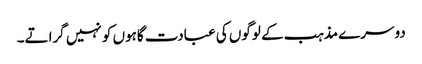
دوسرے مذہب کے لوگوں کی عبادت گاہوں کو نہیں گراتے۔